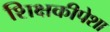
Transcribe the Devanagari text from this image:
शिक्षकीपेशा